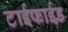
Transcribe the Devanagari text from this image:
टाईफाईड